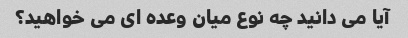
آیا می دانید چه نوع میان وعده ای می خواهید؟